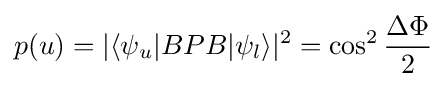
p(u)=|\langle \psi _{u}|BPB|\psi _{l}\rangle |^{2}=\cos ^{2}{\frac {\Delta \Phi }{2}}